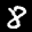
Label: 8